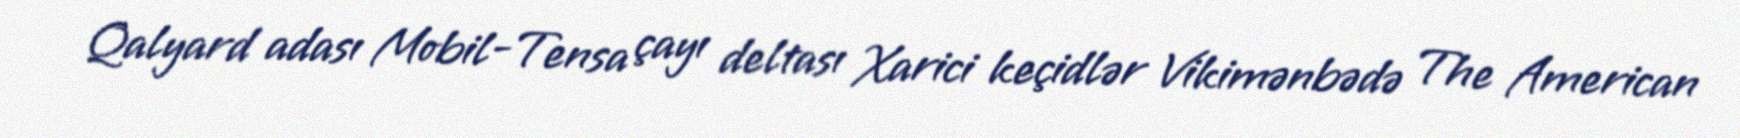
Qalyard adası Mobil-Tensa çayı deltası Xarici keçidlər Vikimənbədə The American